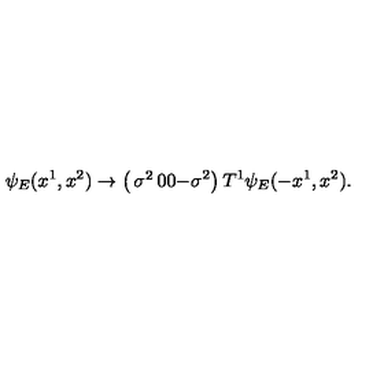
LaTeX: \psi _ { E } ( x ^ { 1 } , x ^ { 2 } ) \rightarrow \left( \begin{matrix} { \sigma ^ { 2 } } & { 0 } \\ { 0 } & { - \sigma ^ { 2 } } \\ \end{matrix} \right) T ^ { 1 } \psi _ { E } ( - x ^ { 1 } , x ^ { 2 } ) .